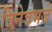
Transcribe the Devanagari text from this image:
त्रिनेत्रभजे